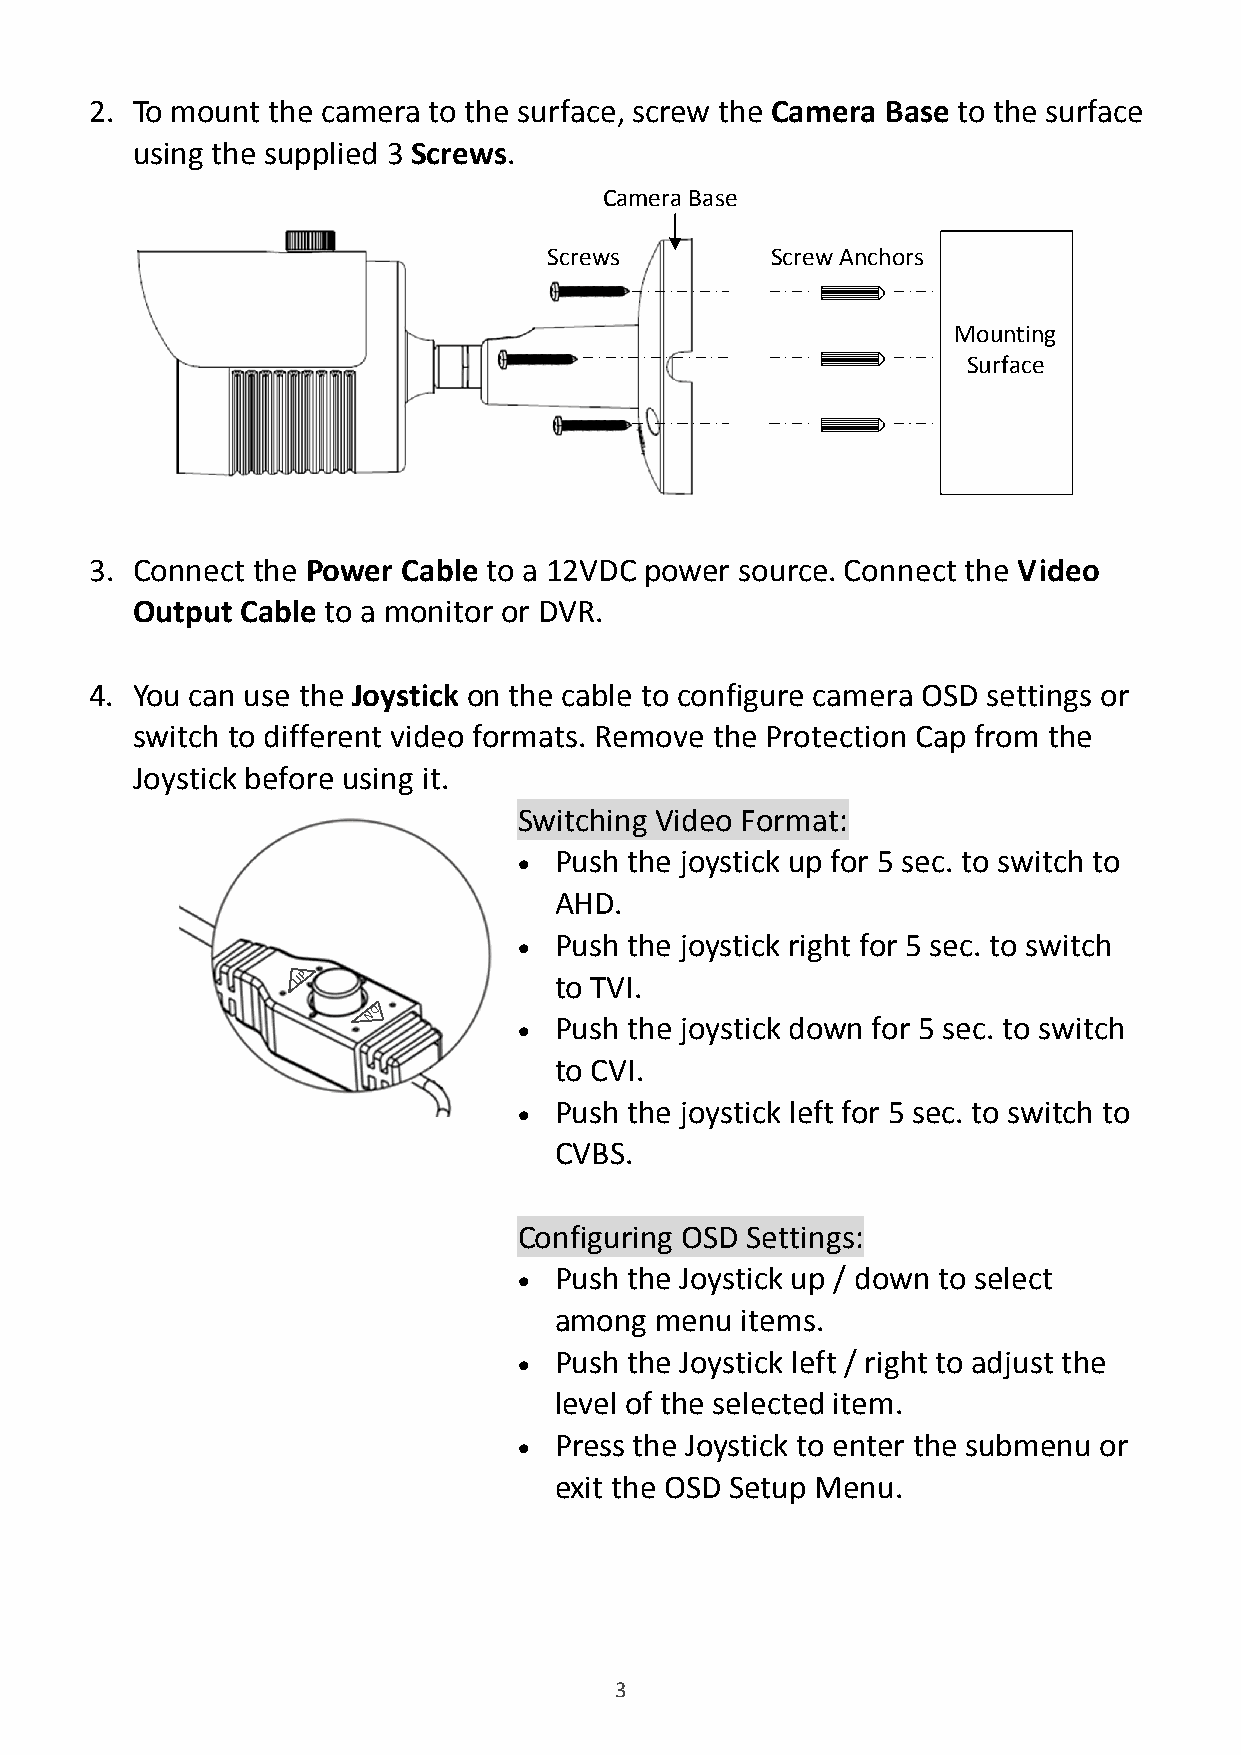
2. To mount the camera to the surface, screw the Camera Base to the surface
 using the supplied 3 Screws.
 Camera Base
 Screws         Screw Anchors
 Mounting
 Surface
 3. Connect the Power Cable to a 12VDC power source. Connect the Video
 Output Cable to a monitor or DVR.
 4. You can use the Joystick on the cable to configure camera OSD settings or
 switch to different video formats. Remove the Protection Cap from the
 Joystick before using it.
 Switching Video Format:
 Push the joystick up for 5 sec. to switch to
 •
 AHD.
 Push the joystick right for 5 sec. to switch
 •
 UP               to TVI.
 ND
 Push the joystick down for 5 sec. to switch
 •
 to CVI.
 Push the joystick left for 5 sec. to switch to
 •
 CVBS.
 Configuring OSD Settings:
 Push the Joystick up / down to select
 •
 among menu  items.
 Push the Joystick left / right to adjust the
 •
 level of the selected item.
 Press the Joystick to enter the submenu or
 •
 exit the OSD Setup Menu.
 3